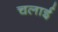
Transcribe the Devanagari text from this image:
चलार्इ